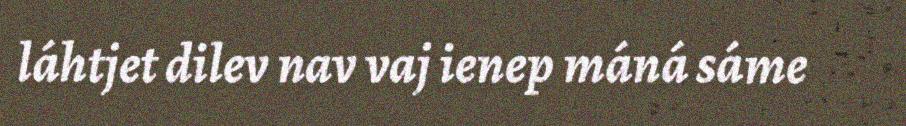
láhtjet dilev nav vaj ienep máná sáme